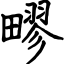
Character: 疁